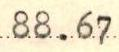
88.67